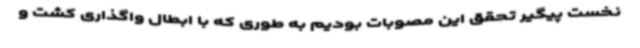
نخست پیگیر تحقق این مصوبات بودیم به طوری که با ابطال واگذاری کشت و